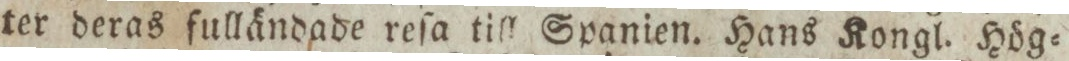
ter deras fulländade reſa till Spanien. Hans Kongl. Hög=